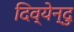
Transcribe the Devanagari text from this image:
दिव्येन्दु